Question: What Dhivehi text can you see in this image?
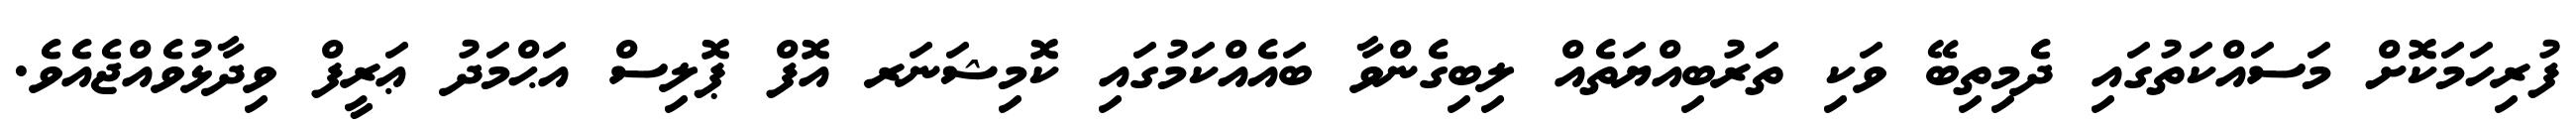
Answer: ފުރިހަމަކޮށް މަސައްކަތުގައި ދެމިތިބޭ ވަކި ތަރުބިއްޔަތެއް ލިބިގެންވާ ބައެއްކަމުގައި ކޮމިޝަނަރ އޮފް ޕޮލިސް އަޙްމަދު ޢަރީފް ވިދާޅުވެއްޖެއެވެ.